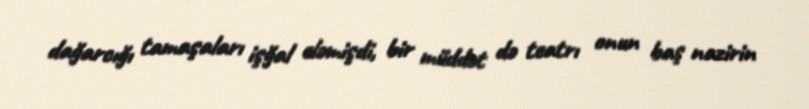
dağarcığı tamaşaları işğal eləmişdi, bir müddət də teatrı onun baş nazirin